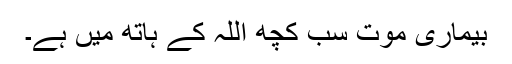
بیماری موت سب کچھ اللہ کے ہاتھ میں ہے۔